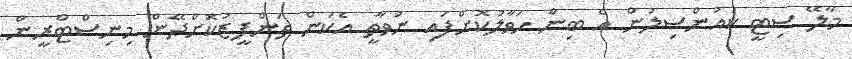
މާލޭ ސިޓީ ކައުންސިލުން އެ ބިން ހަވާލުކޮށްފައި ނުވާތީ އެކަން ތަންފީޒުކޮށްދޭން މިނިސްޓްރީން